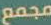
مجمع